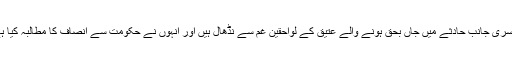
دوسری جانب حادثے میں جاں بحق ہونے والے عتیق کے لواحقین غم سے نڈھال ہیں اور انہوں نے حکومت سے انصاف کا مطالبہ کیا ہے۔